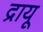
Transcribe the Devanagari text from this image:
द्रायू